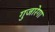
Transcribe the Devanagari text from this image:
गुजारेगा